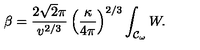
\beta = \frac { 2 \sqrt { 2 } \pi } { v ^ { 2 / 3 } } \left( \frac { \kappa } { 4 \pi } \right) ^ { 2 / 3 } \int _ { { \cal { C } } _ { \omega } } { W } .